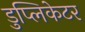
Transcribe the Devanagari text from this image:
डुप्लिकेटर